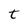
Character: t